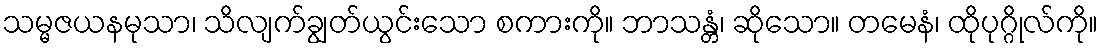
သမ္မဇယနမုသာ၊ သိလျက်ချွတ်ယွင်းသော စကားကို။ ဘာသန္တံ၊ ဆိုသော။ တမေနံ၊ ထိုပုဂ္ဂိုလ်ကို။